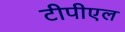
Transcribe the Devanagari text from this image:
टीपीएल